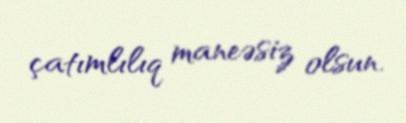
çatımlılıq maneəsiz olsun.